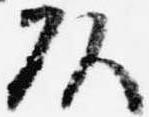
頭